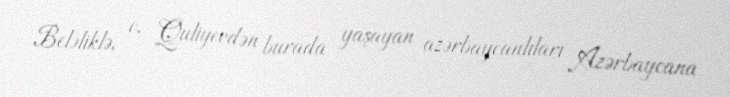
Beləliklə, o, Quliyevdən burada yaşayan azərbaycanlıları Azərbaycana